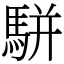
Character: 駢